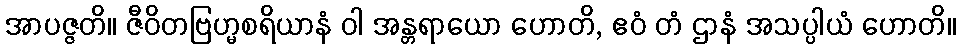
အာပဇ္ဇတိ။ ဇီဝိတဗြဟ္မစရိယာနံ ဝါ အန္တရာယော ဟောတိ, ဧဝံ တံ ဌာနံ အသပ္ပါယံ ဟောတိ။